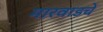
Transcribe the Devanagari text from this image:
मारवाडचें